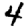
Digit: 4